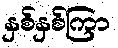
နှစ်နှစ်ကြာ